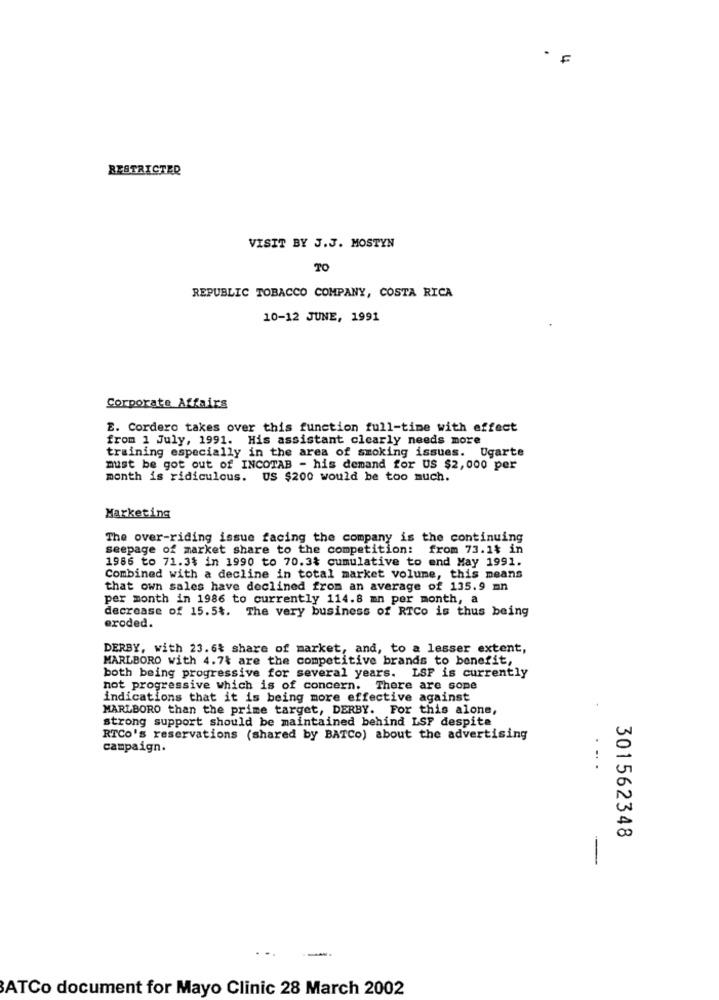
RESTRICTED
VISIT BY J.J. MOSTYN
TO
REPUBLIC TOBACCO COMPANY, COSTA RICA
10-12 JUNE, 1991
Corporate Affairs
E. Cordero takes over this function full-time with effect
from 1 July, 1991. His assistant clcarly needs more
training especially in the area of smoking issues. Ugarte
must be got out of INCOTAB - his demand for US $2,000 per
month is ridiculous. US $200 would be too much.
Marketing
The over-riding issue facing the company is the continuing
seepage of market share to the competition: from 73.1% in
1986 to 71.3$ in 1990 to 70.3% cumulative to end May 1991.
Combined with a decline in total market volume, this means
that own sales have declined from an average of 135.9 mn
per month in 1986 to currently 114.8 mn per month, a
decrease of 15.5%. The very business of RTCo is thus being
eroded.
DERBY, with 23.6% share of market, and, to a lesser extent,
MARLBORO with 4.74 are the competitive brands to benefit,
both being progressive for several years. LSF is currently
not progressive which is of concern. There are some
indications that it is being more effective against
MARLBORO than the prime target, DERBY. For this alone,
strong support should be maintained behind LSF despite
RTCo's reservations (shared by BATCo) about the advertising
campaign.
301562348
...
ATCo document for Mayo Clinic 28 March 2002